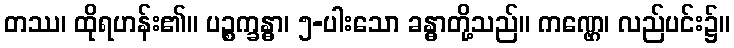
တဿ၊ ထိုရဟန်း၏။ ပဉ္စက္ခန္ဓာ၊ ၅-ပါးသော ခန္ဓာတို့သည်။ ကဏ္ဌေ၊ လည်ပင်း၌။